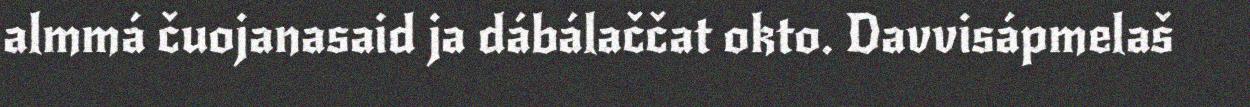
almmá čuojanasaid ja dábálaččat okto. Davvisápmelaš